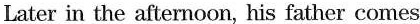
Later in the afternoon, his father comes